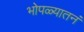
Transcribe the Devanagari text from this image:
भोपळ्यातनं